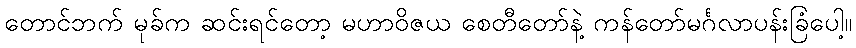
တောင်ဘက် မုခ်က ဆင်းရင်တော့ မဟာဝိဇယ စေတီတော်နဲ့ ကန်တော်မင်္ဂလာပန်းခြံပေါ့။